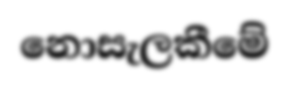
නොසැලකීමේ